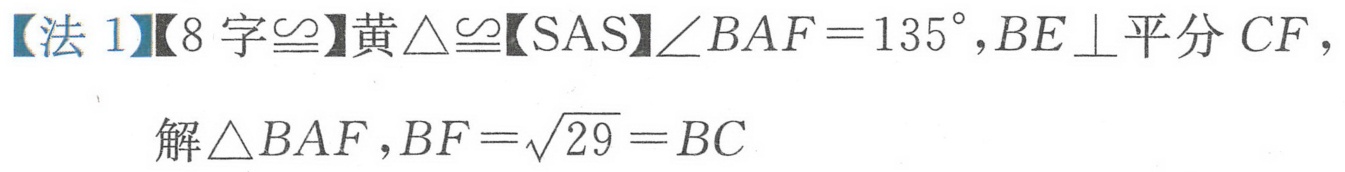
【法 1】【8 字$\cong$】黄$\triangle\cong$【SAS】$\angle BAF = 135^{\circ},BE\perp$平分$CF$，
解$\triangle BAF,BF = \sqrt{29}=BC$